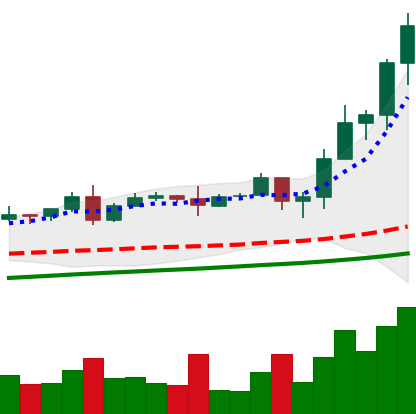
Ticker: TRX-USD
Chart end date: 2020-08-17
Forward return: -17.194%
Label: down_7plus